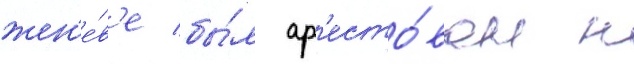
жен'е́в'е бы́л ар'есто́ван н